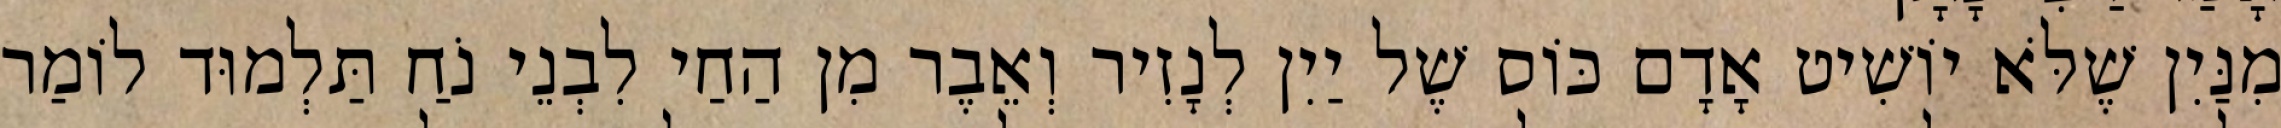
מִנַּיִן שֶׁלֹּא יוֹשִׁיט אָדָם כּוֹס שֶׁל יַיִן לְנָזִיר וְאֵבֶר מִן הַחַי לִבְנֵי נֹחַ תַּלְמוּד לוֹמַר